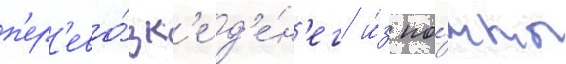
п'ер'ево́зк'е д'е́н'ег и́з по́чты